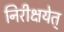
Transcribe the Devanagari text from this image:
निरीक्षयेत्